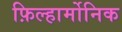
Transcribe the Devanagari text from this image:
फ़िल्हार्मोनिक